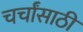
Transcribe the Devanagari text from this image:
चर्चांसाठी